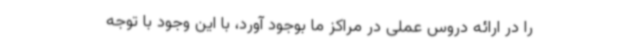
را در ارائه دروس عملی در مراکز ما بوجود آورد، با این وجود با توجه